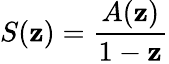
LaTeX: S(\mathbf{z})={\frac{{A(\mathbf{z})}}{{1-\mathbf{z}}}}